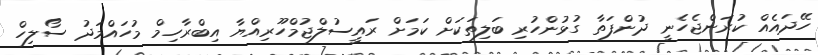
ހޭދައެއް ކުރަންޖެހެނީ ދުންފަތާ ގުޅުންހުރި ބަލިތަކަށް ކަމަށް ރައީސުލްޖުމްހޫރިއްޔާ އިބްރާހިމް މުހައްމަދު ސޯލިހް